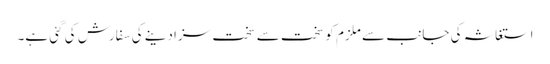
استغاثہ کی جانب سے ملزم کو سخت سے سخت سزا دینے کی سفارش کی گئی ہے۔